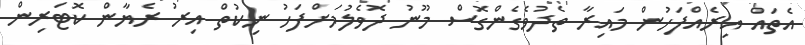
އެތައް އިރެއްފަހުން މައިރާ ތެދުވެގެންގޮސް މޫނު ދޮވެލުމަށްފަހު ނިކުތް އިރު ރެޔާން ކޮޓަރިން